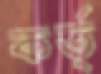
কর্ত্